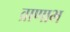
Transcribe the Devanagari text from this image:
व्राणाभ